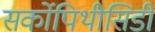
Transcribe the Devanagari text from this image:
सर्कोपिथीसिडी